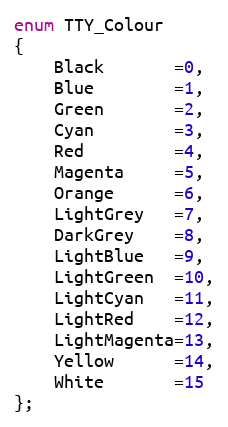
Language: C
enum TTY_Colour
{
	Black       =0,
	Blue        =1,
	Green       =2,
	Cyan        =3,
	Red         =4,
	Magenta     =5,
	Orange      =6,
	LightGrey   =7,
	DarkGrey    =8,
	LightBlue   =9,
	LightGreen  =10,
	LightCyan   =11,
	LightRed    =12,
	LightMagenta=13,
	Yellow      =14,
	White       =15
};